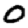
Digit: 0